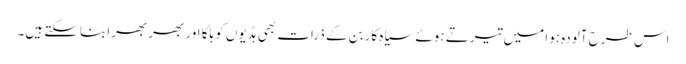
اس طرح آلودہ ہوا میں تیرتے ہوئے سیاہ کاربن کے ذرات بھی ہڈیوں کو ہلکا اور بھربھرا بناسکتے ہیں۔